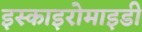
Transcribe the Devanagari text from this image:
इस्काइरोमाइडी